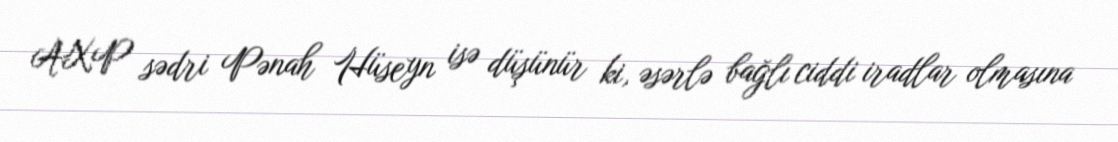
AXP sədri Pənah Hüseyn isə düşünür ki, əsərlə bağlı ciddi iradlar olmasına